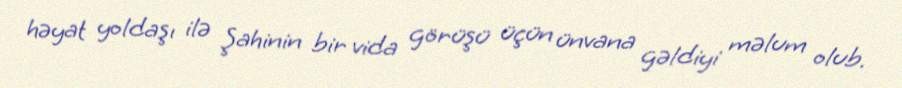
həyat yoldaşı ilə Şahinin bir vida görüşü üçün ünvana gəldiyi məlum olub.